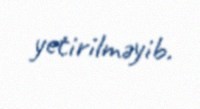
yetirilməyib.